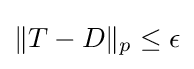
\|T-D\|_{p}\leq \epsilon